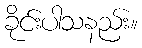
ခိုင်းပါသနည်း။